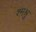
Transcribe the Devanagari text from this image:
श्मश्रु